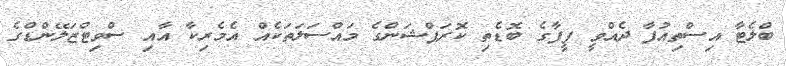
ބްލެޓާ އިސްތިއުފާ ދެއްވީ ފީފާގެ ބޮޑެތި ކޮރަޕްޝަންގެ މައްސަލަތަކެއް އެމެރިކާ އާއި ސްވިޓްޒަލޭންޑްގެ